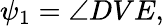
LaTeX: \psi_{1}=\angle DVE,